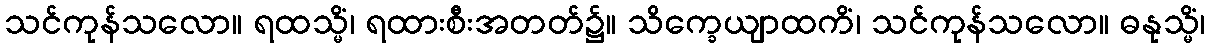
သင်ကုန်သလော။ ရထသ္မိံ၊ ရထားစီးအတတ်၌။ သိက္ခေယျာထကိံ၊ သင်ကုန်သလော။ ဓနုသ္မိံ၊